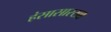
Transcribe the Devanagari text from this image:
हंसासारखा